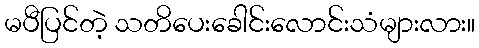
မပီပြင်တဲ့ သတိပေးခေါင်းလောင်းသံများလား။